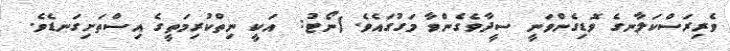
ވެރިރަސްކަލާނގެ ވޮޑިގެންވަނީ ސީދާވެގެންވާ މަގުގައެވެ. (ނޯޓު:  އަކީ ނިތްކުރިމަތީގެ އިސްތަށިގަނޑެވެ.